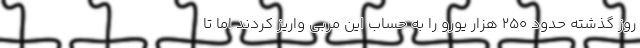
روز گذشته حدود 250 هزار یورو را به حساب این مربی واریز کردند اما تا